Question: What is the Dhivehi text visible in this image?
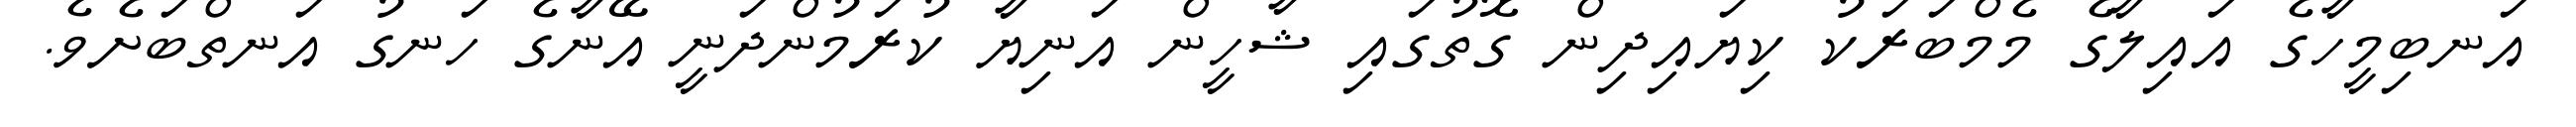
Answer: އަނބިމީހާގެ އައިލާގެ މެމްބަރަކު ކިޔައިދިން ގޮތުގައި ޝާހީން އަނިޔާ ކުރަމުންދަނީ އޭނާގެ ހަނގު އަނތްބަށެވެ.